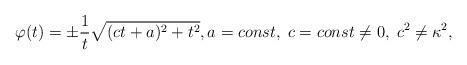
LaTeX: \begin{align*} \varphi(t) = \pm \frac{1}{t} \sqrt{(c t+a)^2 + t^2}, a =const, \; c = const \neq 0,\; c^2 \neq \kappa^2,\end{align*}